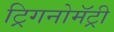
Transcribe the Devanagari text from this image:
ट्रिगनोमॅट्री